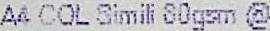
A4 COL SIMILI 80GSM @